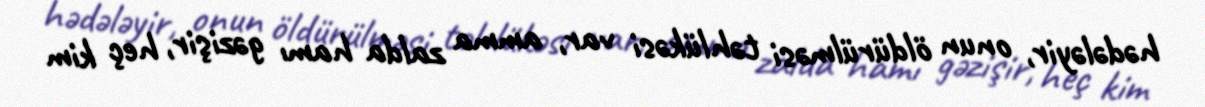
hədələyir, onun öldürülməsi təhlükəsi var, amma zalda hamı gəzişir, heç kim